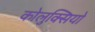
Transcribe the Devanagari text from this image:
कोलुक्सियो